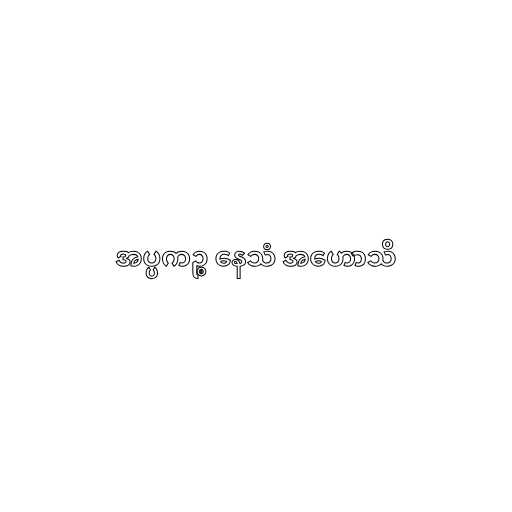
အပ္ပကဉ္စ နေသံ အဟောသိ